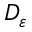
D _ { \varepsilon }